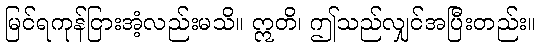
မြင်ရကုန်ငြားအံ့လည်းမသိ။ ဣတိ၊ ဤသည်လျှင်အပြီးတည်း။